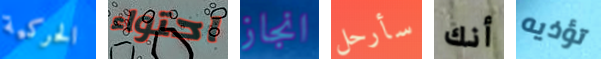
الحركية احتواء انجاز سأرحل أنك تؤذيه